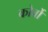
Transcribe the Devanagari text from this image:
कोर्वो